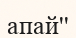
апай''